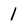
Character: 1